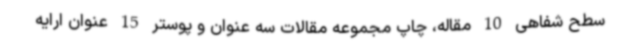
سطح شفاهی 10 مقاله، چاپ مجموعه مقالات سه عنوان و پوستر 15 عنوان ارایه